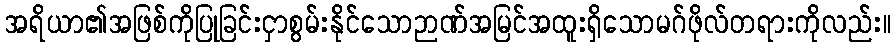
အရိယာ၏အဖြစ်ကိုပြုခြင်းငှာစွမ်းနိုင်သောဉာဏ်အမြင်အထူးရှိသောမဂ်ဖိုလ်တရားကိုလည်း။